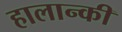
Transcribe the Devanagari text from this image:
हालान्की